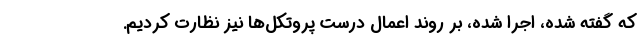
که گفته شده، اجرا شده، بر روند اعمال درست پروتکل‌ها نیز نظارت کردیم.